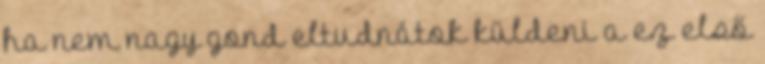
ha nem nagy gond eltudnátok küldeni a ez első